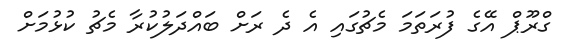
ގްރޫޕް އޭގެ ފުރަތަމަ މެޗުގައި އެ ދެ ރަށް ބައްދަލުކުރާ މެޗު ކުޅުމަށް